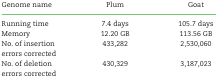
<table><thead><tr><td><b>Genome name</b></td><td><b>Plum</b></td><td><b>Goat</b></td></tr></thead><tbody><tr><td>Running time</td><td>7.4 days</td><td>105.7 days</td></tr><tr><td>Memory</td><td>12.20 GB</td><td>113.56 GB</td></tr><tr><td>No. of insertion errors corrected</td><td>433,282</td><td>2,530,060</td></tr><tr><td>No. of deletion errors corrected</td><td>430,329</td><td>3,187,023</td></tr></tbody></table>